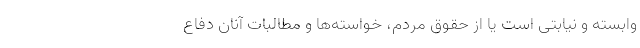
وابسته و نیابتی است یا از حقوق مردم، خواسته‌ها و مطالبات آنان دفاع